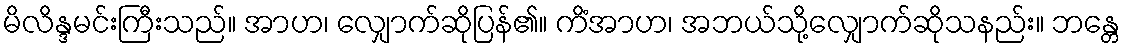
မိလိန္ဒမင်းကြီးသည်။ အာဟ၊ လျှောက်ဆိုပြန်၏။ ကိံအာဟ၊ အဘယ်သို့လျှောက်ဆိုသနည်း။ ဘန္တေ